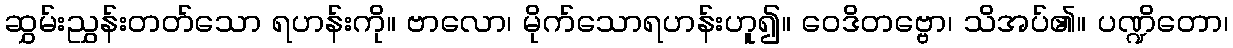
ဆွှမ်းညွှန်းတတ်သော ရဟန်းကို။ ဗာလော၊ မိုက်သောရဟန်းဟူ၍။ ဝေဒိတဗ္ဗော၊ သိအပ်၏။ ပဏ္ဍိတော၊